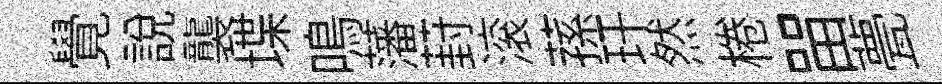
覺説襲堞鳴藩葑滚蓀玕然棬㽞甍